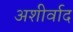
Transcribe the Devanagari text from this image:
अशीर्वाद